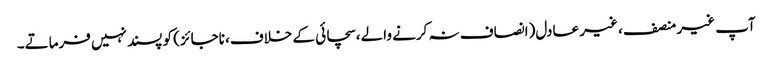
آپ غیر منصف ، غیر عادل(انصاف نہ کرنے والے ،سچائی کے خلاف، ناجائز) کو پسند نہیں فرماتے۔